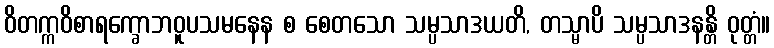
ဝိတက္ကဝိစာရက္ခောဘဝူပသမနေန စ စေတသော သမ္ပသာဒယတိ, တသ္မာပိ သမ္ပသာဒနန္တိ ဝုတ္တံ။